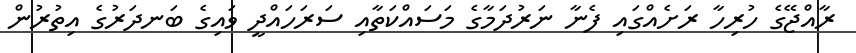
ރާއްޖޭގެ ހުރިހާ ރަށެއްގައި ފެނާ ނަރުދަމާގެ މަސައްކަތާއި ސަރަހައްދީ ވައިގެ ބަނދަރުގެ އިތުރުން